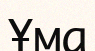
Ұма